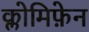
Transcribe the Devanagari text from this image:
क्लोमिफ़ेन